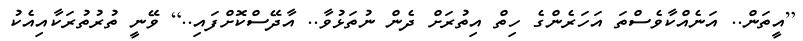
[އީތަން.. އަނެއްކާވެސްތަ އަހަރެންގެ ހިތް އިތުރަށް ދެން ނުތަޅުވާ.. އާދޭސްކޮށްފައި..] ވޭނީ ތުރުތުރަކާއިއެކު